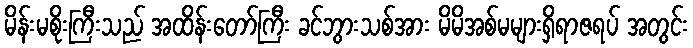
မိန်းမစိုးကြီးသည် အထိန်းတော်ကြီး ခင်ဘွားသစ်အား မိမိအစ်မများရှိရာဇရပ် အတွင်း